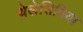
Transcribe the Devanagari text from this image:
थेलेसिमिया